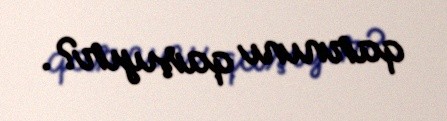
qarnını qaşıyır?.